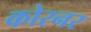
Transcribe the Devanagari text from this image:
कोरनर